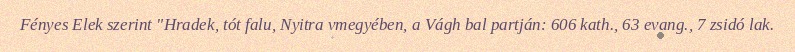
Fényes Elek szerint "Hradek, tót falu, Nyitra vmegyében, a Vágh bal partján: 606 kath., 63 evang., 7 zsidó lak.